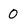
Character: 0